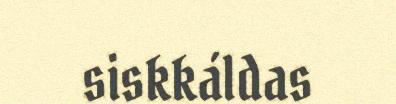
siskkáldas